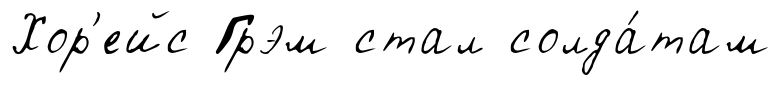
Хор'ейс Грэм стал солда́там